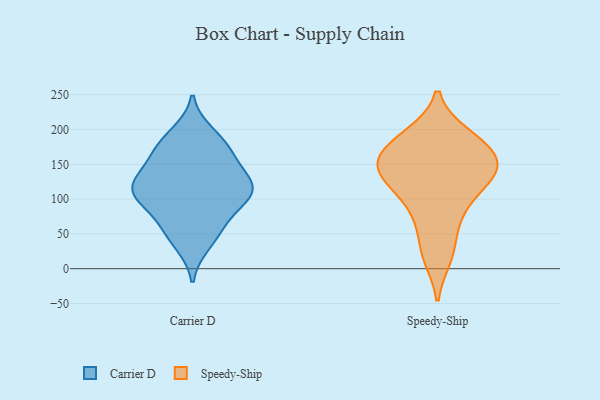
{"axis": {"x": "Humidity (%)", "y": "Value"}, "legend": ["Carrier D", "Speedy-Ship"], "data": [{"x": "", "y": 62, "type": "Carrier D"}, {"x": "", "y": 137, "type": "Carrier D"}, {"x": "", "y": 196, "type": "Carrier D"}, {"x": "", "y": 61, "type": "Carrier D"}, {"x": "", "y": 173, "type": "Carrier D"}, {"x": "", "y": 107, "type": "Carrier D"}, {"x": "", "y": 110, "type": "Carrier D"}, {"x": "", "y": 115, "type": "Carrier D"}, {"x": "", "y": 130, "type": "Carrier D"}, {"x": "", "y": 175, "type": "Carrier D"}, {"x": "", "y": 106, "type": "Carrier D"}, {"x": "", "y": 34, "type": "Carrier D"}, {"x": "", "y": 154, "type": "Carrier D"}, {"x": "", "y": 97, "type": "Carrier D"}, {"x": "", "y": 122, "type": "Speedy-Ship"}, {"x": "", "y": 17, "type": "Speedy-Ship"}, {"x": "", "y": 84, "type": "Speedy-Ship"}, {"x": "", "y": 170, "type": "Speedy-Ship"}, {"x": "", "y": 162, "type": "Speedy-Ship"}, {"x": "", "y": 143, "type": "Speedy-Ship"}, {"x": "", "y": 137, "type": "Speedy-Ship"}, {"x": "", "y": 97, "type": "Speedy-Ship"}, {"x": "", "y": 134, "type": "Speedy-Ship"}, {"x": "", "y": 25, "type": "Speedy-Ship"}, {"x": "", "y": 150, "type": "Speedy-Ship"}, {"x": "", "y": 192, "type": "Speedy-Ship"}, {"x": "", "y": 132, "type": "Speedy-Ship"}, {"x": "", "y": 184, "type": "Speedy-Ship"}, {"x": "", "y": 157, "type": "Speedy-Ship"}, {"x": "", "y": 65, "type": "Speedy-Ship"}, {"x": "", "y": 191, "type": "Speedy-Ship"}]}